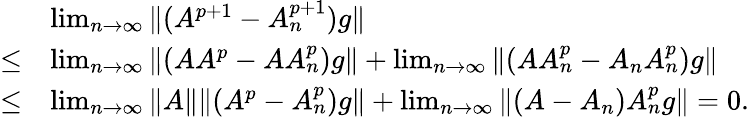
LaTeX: \begin{array}{rl}&{\operatorname*{lim}_{n\to\infty}\| (A^{p+1}-A_{n}^{p+1})g\| }\\ {\le}&{\operatorname*{lim}_{n\to\infty}\| (AA^{p}-AA_{n}^{p})g\| +\operatorname*{lim}_{n\to\infty}\| (AA_{n}^{p}-A_{n}A_{n}^{p})g\| }\\ {\le}&{\operatorname*{lim}_{n\to\infty}\| A\| \| (A^{p}-A_{n}^{p})g\| +\operatorname*{lim}_{n\to\infty}\| (A-A_{n})A_{n}^{p}g\| =0.}\end{array}